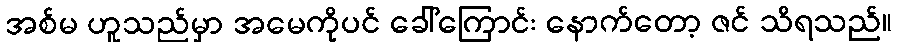
အစ်မ ဟူသည်မှာ အမေကိုပင် ခေါ်ကြောင်း နောက်တော့ ဇင် သိရသည်။